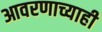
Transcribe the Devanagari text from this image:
आवरणाच्याही